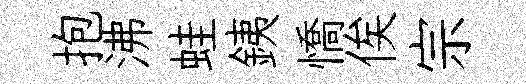
抱沸蛙銕憍俟宗